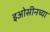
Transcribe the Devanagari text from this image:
इओसीनच्या